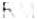
RM